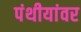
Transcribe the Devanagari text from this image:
पंथीयांवर